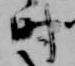
時